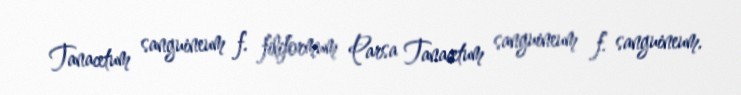
Tanacetum sanguineum f. filiformum Parsa Tanacetum sanguineum f. sanguineum.